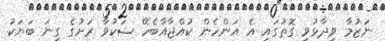
ނަޒުމާ ވިދާޅުވި ގޮތުގައި އެ އަންހެން ކުއްޖާއާބެހޭ ޝަކުވާ ރަށުގެ ގިނަ ބަޔަކު